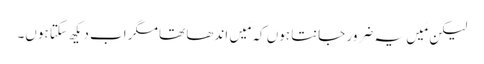
‏ لیکن مَیں یہ ضرور جانتا ہوں کہ مَیں اندھا تھا مگر اب دیکھ سکتا ہوں۔